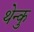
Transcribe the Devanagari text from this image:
थेन्कु